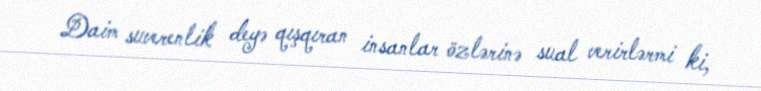
Daim suverenlik deyə qışqıran insanlar özlərinə sual verirlərmi ki,